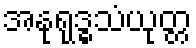
အနုရုဒ္ဓသံယုတ္တ